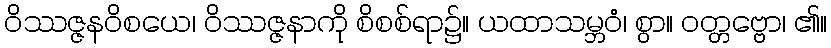
ဝိဿဇ္ဇနဝိစယေ၊ ဝိဿဇ္ဇနာကို စိစစ်ရာ၌။ ယထာသမ္ဘဝံ၊ စွာ။ ဝတ္တဗ္ဗော၊ ၏။